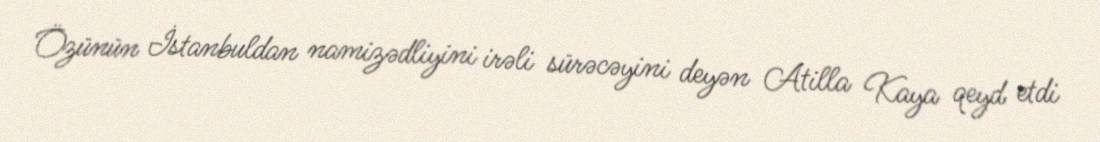
Özünün İstanbuldan namizədliyini irəli sürəcəyini deyən Atilla Kaya qeyd etdi